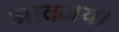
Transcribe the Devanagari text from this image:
भावजय।